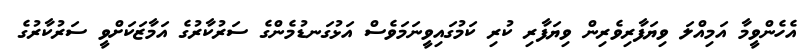
އެހެންވީމާ އަމިއްލަ ވިޔަފާރިވެރިން ވިޔަފާރި ކުރި ކަމުގައިވީނަމަވެސް އަޅުގަނޑުމެންގެ ސަރުކާރުގެ އަމާޒަކަށްވީ ސަރުކާރުގެ